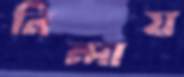
নিন্দায়